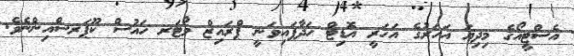
އެސްޓީއޯގެ މިދިޔަ އަހަރުގެ އަހަރީ އޮޑިޓް ހަދާފައިވަނީ ޕްރައިޒް ވޯޓަރ ހައުސް ކޫޕަރސްއިންނެވެ.